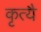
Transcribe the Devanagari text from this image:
कृत्यै